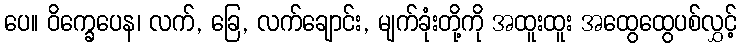
ပေ။ ဝိက္ခေပေန၊ လက်, ခြေ, လက်ချောင်း, မျက်ခုံးတို့ကို အထူးထူး အထွေထွေပစ်လွှင့်